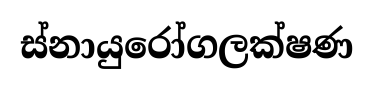
ස්නායුරෝගලක්ෂණ